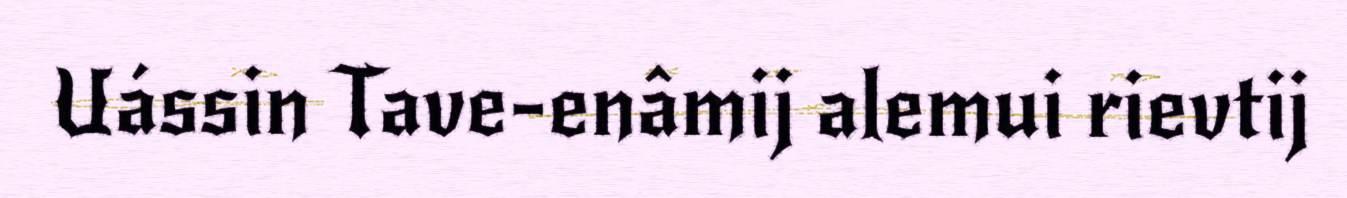
Uássin Tave-enâmij alemui rievtij